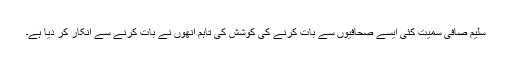
سلیم صافی سمیت کئی ایسے صحافیوں سے بات کرنے کی کوشش کی تاہم انھوں نے بات کرنے سے انکار کر دیا ہے۔